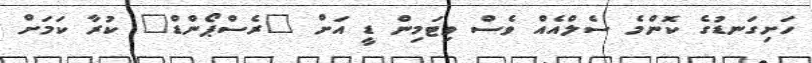
ހަށިގަނޑުގެ ކޮންމެ ސެލްއެއް ވެސް ވިޓަމިން ޑީ އަށް "ރެސްޕޯންޑް" ކުރާ ކަމަށް